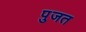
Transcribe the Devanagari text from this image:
पुजत